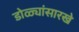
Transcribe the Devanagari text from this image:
डोळ्यांसारखे